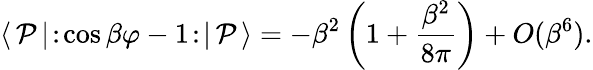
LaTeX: \langle\, \mathcal{P}\, |\! :\! \cos\beta\varphi-1\! :\! |\, \mathcal{P}\, \rangle=-\beta^{2}\left(1+\frac{{\beta^{2}}}{{8\pi}}\right)+O(\beta^{6}).